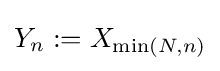
Y_{n}:=X_{\min(N,n)}